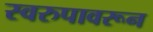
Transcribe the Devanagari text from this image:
स्वरुपावरून